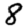
Digit: 8